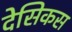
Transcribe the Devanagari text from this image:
देसिकस